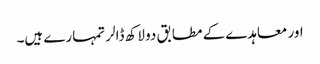
اور معاہدے کے مطابق دو لاکھ ڈالر تمہارے ہیں۔